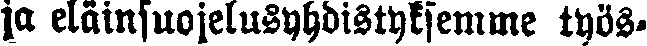
ja eläinsuojeluyhdistyksemme työs-